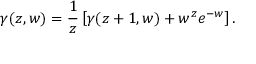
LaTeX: \gamma ( z , w ) = \frac { 1 } { z } \left[ \gamma ( z + 1 , w ) + w ^ { z } e ^ { - w } \right] .